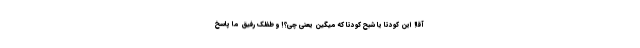
آقا! این کودتا یا شَبَح کودتا که میگین یعنی چی؟! و طفلک رفیق ما پاسخ